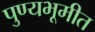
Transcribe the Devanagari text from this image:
पुण्यभूमीत